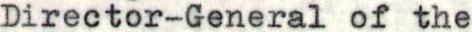
Director-General of the